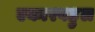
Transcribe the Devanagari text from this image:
एकारबहुल